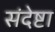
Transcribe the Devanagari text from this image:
संदेष्टा